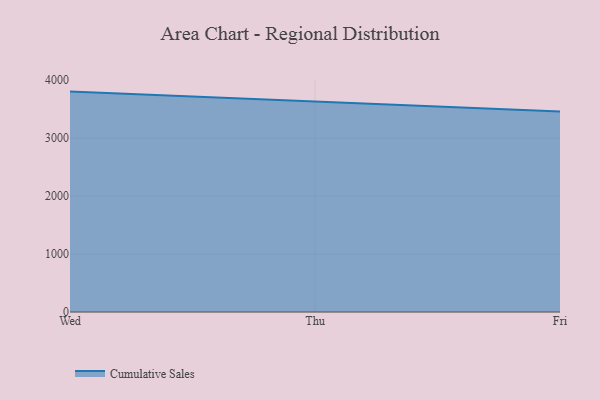
{"axis": {"x": "Day", "y": "Operating Costs (USD K)"}, "legend": ["Cumulative Sales"], "data": [{"x": "Wed", "y": 3804.5, "type": "Cumulative Sales"}, {"x": "Thu", "y": 3627.1, "type": "Cumulative Sales"}, {"x": "Fri", "y": 3460.5, "type": "Cumulative Sales"}]}